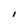
Character: I